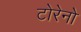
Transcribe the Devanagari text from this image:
टोरेनो